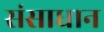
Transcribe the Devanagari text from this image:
संसाधान